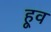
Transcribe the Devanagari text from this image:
हूव